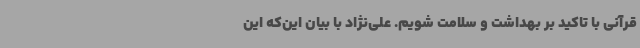
قرآنی با تاکید بر بهداشت و سلامت شویم. علی‌نژاد با بیان این‌که این